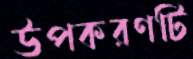
উপকরণটি